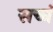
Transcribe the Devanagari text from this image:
सच्चं